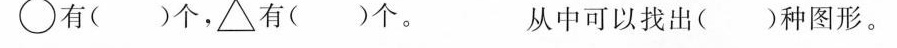
\bigcirc 有( )个，\triangle 有( )个。 从中可以找出( )种图形。